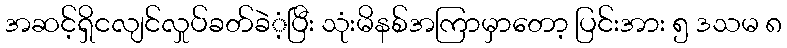
အဆင့်ရှိငလျင်လှုပ်ခတ်ခဲံ့ပြီး သုံးမိနစ်အကြာမှာတော့ ပြင်းအား ၅ ဒသမ ၈